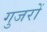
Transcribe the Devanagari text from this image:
गुजरों